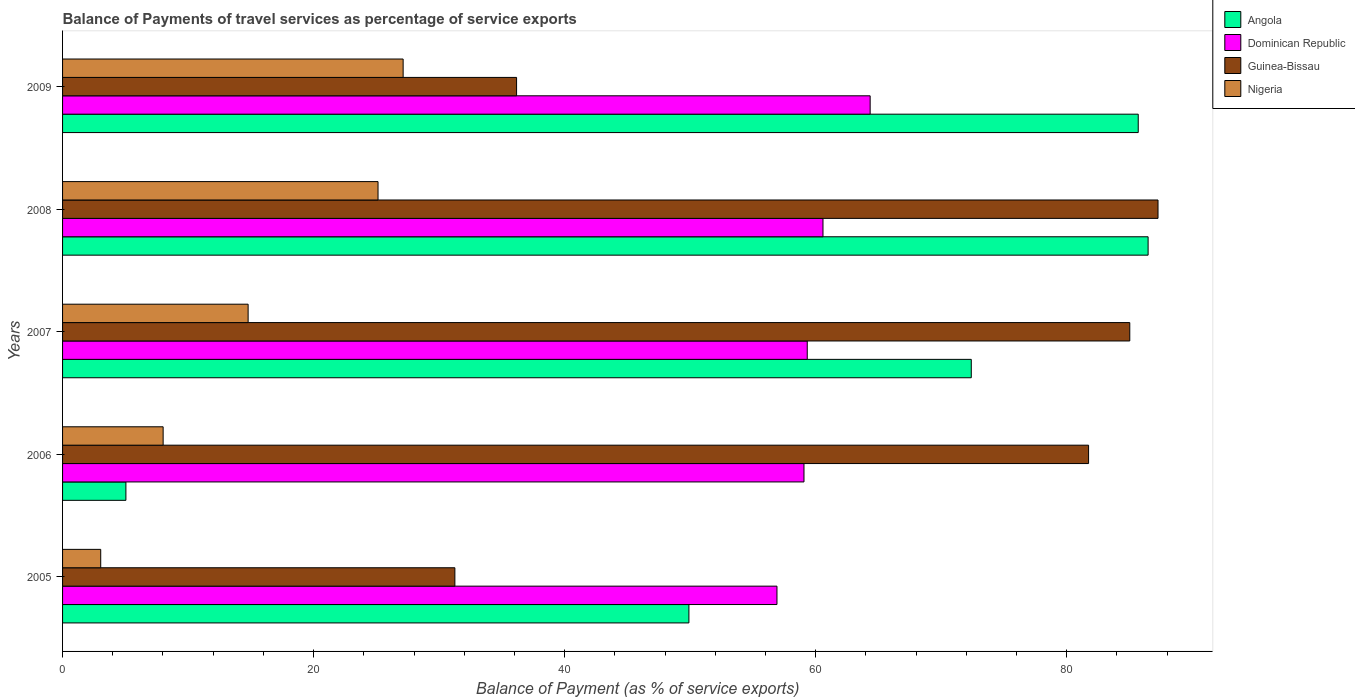
| Years | Angola | Dominican Republic | Guinea-Bissau | Nigeria |
 | --- | --- | --- | --- | --- |
 | 2005 | 49.9 | 56.9 | 31.3 | 3.04 |
 | 2006 | 5.05 | 59.1 | 81.7 | 8.01 |
 | 2007 | 72.4 | 59.3 | 85 | 14.8 |
 | 2008 | 86.5 | 60.6 | 87.3 | 25.1 |
 | 2009 | 85.7 | 64.3 | 36.2 | 27.1 |